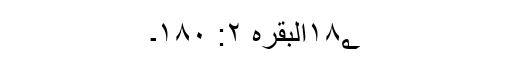
۱۸؂البقرہ ۲: ۱۸۰۔